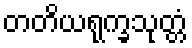
တတိယရုက္ခသုတ္တံ